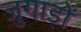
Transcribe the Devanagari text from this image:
जुगाड़ों